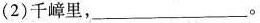
(2)千嶂里，___。